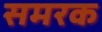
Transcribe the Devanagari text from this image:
समरक